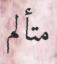
متألم